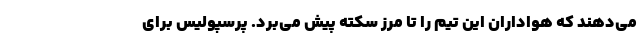
می‌دهند که هواداران این تیم را تا مرز سکته پیش می‌برد. پرسپولیس برای